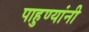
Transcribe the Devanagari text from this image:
पाहुण्यांनी